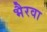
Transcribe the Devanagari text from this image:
भैरवा